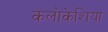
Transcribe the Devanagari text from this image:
कलोकेशिया